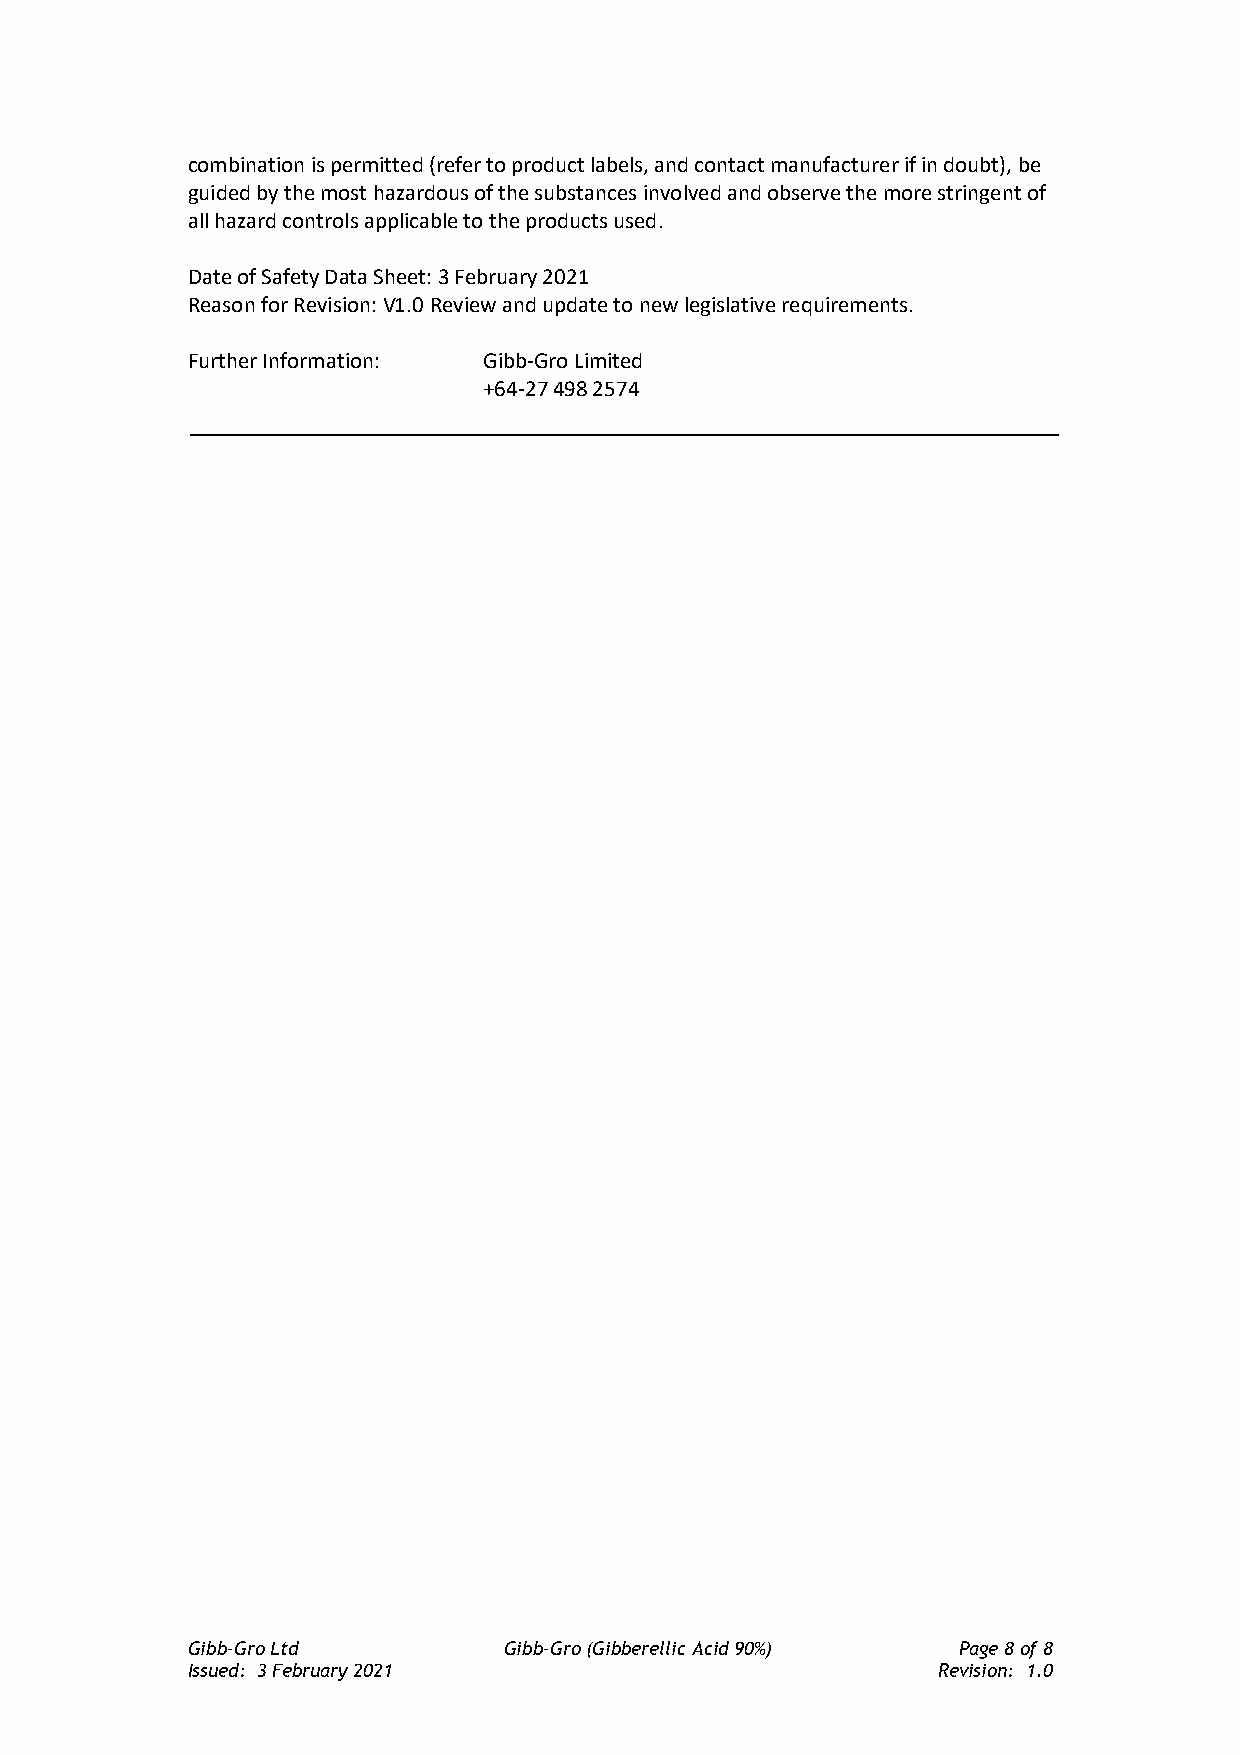
combination is permitted (refer to product labels, and contact manufacturer if in doubt), be
 guided by the most hazardous of the substances involved and observe the more stringent of
 all hazard controls applicable to the products used.
 Date of Safety Data Sheet: 3 February 2021
 Reason for Revision: V1.0 Review and update to new legislative requirements.
 Further Information: Gibb-Gro Limited
 +64-27 498 2574
 Gibb-Gro Ltd         Gibb-Gro (Gibberellic Acid 90%) Page 8 of 8
 Issued: 3 February 2021                           Revision: 1.0